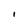
Character: i